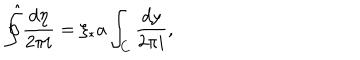
LaTeX: \hat { \oint } \frac { d \eta } { 2 \pi i } = \xi _ { * } a \int _ { C } \frac { d y } { 2 \pi i } ,